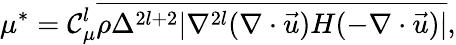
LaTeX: \mu^{*}={\mathcal{C}}_{\mu}^{l}\overline{{{\rho\Delta^{2l+2}|\nabla^{2l}(\nabla\cdot\vec{{u}})H(-\nabla\cdot\vec{{u}})|}}},